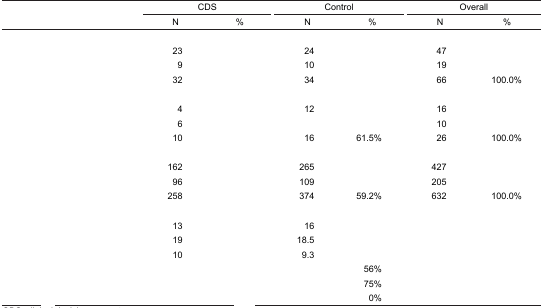
<table><thead><tr><td>[EMPTY_CELL]</td><td colspan="2"><b>CDS</b></td><td colspan="2"><b>Control</b></td><td colspan="2"><b>Overall</b></td></tr><tr><td>[EMPTY_CELL]</td><td><b>N</b></td><td><b>%</b></td><td><b>N</b></td><td><b>%</b></td><td><b>N</b></td><td><b>%</b></td></tr></thead><tbody><tr><td>[EMPTY_CELL]</td><td>[EMPTY_CELL]</td><td>[EMPTY_CELL]</td><td>[EMPTY_CELL]</td><td>[EMPTY_CELL]</td><td>[EMPTY_CELL]</td><td>[EMPTY_CELL]</td></tr><tr><td>[EMPTY_CELL]</td><td>23</td><td>[EMPTY_CELL]</td><td>24</td><td>[EMPTY_CELL]</td><td>47</td><td>[EMPTY_CELL]</td></tr><tr><td>[EMPTY_CELL]</td><td>9</td><td>[EMPTY_CELL]</td><td>10</td><td>[EMPTY_CELL]</td><td>19</td><td>[EMPTY_CELL]</td></tr><tr><td>[EMPTY_CELL]</td><td>32</td><td>[EMPTY_CELL]</td><td>34</td><td>[EMPTY_CELL]</td><td>66</td><td>100.0%</td></tr><tr><td>[EMPTY_CELL]</td><td>[EMPTY_CELL]</td><td>[EMPTY_CELL]</td><td>[EMPTY_CELL]</td><td>[EMPTY_CELL]</td><td>[EMPTY_CELL]</td><td>[EMPTY_CELL]</td></tr><tr><td>[EMPTY_CELL]</td><td>4</td><td>[EMPTY_CELL]</td><td>12</td><td>[EMPTY_CELL]</td><td>16</td><td>[EMPTY_CELL]</td></tr><tr><td>[EMPTY_CELL]</td><td>6</td><td>[EMPTY_CELL]</td><td>[EMPTY_CELL]</td><td>[EMPTY_CELL]</td><td>10</td><td>[EMPTY_CELL]</td></tr><tr><td>[EMPTY_CELL]</td><td>10</td><td>[EMPTY_CELL]</td><td>16</td><td>61.5%</td><td>26</td><td>100.0%</td></tr><tr><td>[EMPTY_CELL]</td><td>[EMPTY_CELL]</td><td>[EMPTY_CELL]</td><td>[EMPTY_CELL]</td><td>[EMPTY_CELL]</td><td>[EMPTY_CELL]</td><td>[EMPTY_CELL]</td></tr><tr><td>[EMPTY_CELL]</td><td>162</td><td>[EMPTY_CELL]</td><td>265</td><td>[EMPTY_CELL]</td><td>427</td><td>[EMPTY_CELL]</td></tr><tr><td>[EMPTY_CELL]</td><td>96</td><td>[EMPTY_CELL]</td><td>109</td><td>[EMPTY_CELL]</td><td>205</td><td>[EMPTY_CELL]</td></tr><tr><td>[EMPTY_CELL]</td><td>258</td><td>[EMPTY_CELL]</td><td>374</td><td>59.2%</td><td>632</td><td>100.0%</td></tr><tr><td>[EMPTY_CELL]</td><td>[EMPTY_CELL]</td><td>[EMPTY_CELL]</td><td>[EMPTY_CELL]</td><td>[EMPTY_CELL]</td><td>[EMPTY_CELL]</td><td>[EMPTY_CELL]</td></tr><tr><td>[EMPTY_CELL]</td><td>13</td><td>[EMPTY_CELL]</td><td>16</td><td>[EMPTY_CELL]</td><td>[EMPTY_CELL]</td><td>[EMPTY_CELL]</td></tr><tr><td>[EMPTY_CELL]</td><td>19</td><td>[EMPTY_CELL]</td><td>18.5</td><td>[EMPTY_CELL]</td><td>[EMPTY_CELL]</td><td>[EMPTY_CELL]</td></tr><tr><td>[EMPTY_CELL]</td><td>10</td><td>[EMPTY_CELL]</td><td>9.3</td><td>[EMPTY_CELL]</td><td>[EMPTY_CELL]</td><td>[EMPTY_CELL]</td></tr><tr><td>[EMPTY_CELL]</td><td>[EMPTY_CELL]</td><td>[EMPTY_CELL]</td><td>[EMPTY_CELL]</td><td>56%</td><td>[EMPTY_CELL]</td><td>[EMPTY_CELL]</td></tr><tr><td>[EMPTY_CELL]</td><td>[EMPTY_CELL]</td><td>[EMPTY_CELL]</td><td>[EMPTY_CELL]</td><td>75%</td><td>[EMPTY_CELL]</td><td>[EMPTY_CELL]</td></tr><tr><td>[EMPTY_CELL]</td><td>[EMPTY_CELL]</td><td>[EMPTY_CELL]</td><td>[EMPTY_CELL]</td><td>0%</td><td>[EMPTY_CELL]</td><td>[EMPTY_CELL]</td></tr></tbody></table>